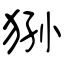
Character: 狲